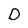
Character: D